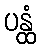
ပန္ထံ